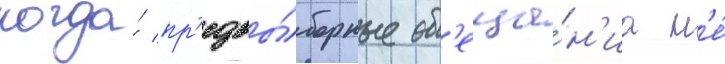
когда́ пр'едвы́борные об'еща́н'иа н'е́